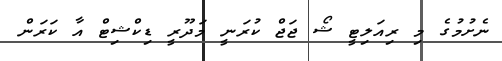
ނެށުމުގެ މި ރިއަލިޓީ ޝޯ ޖަޖް ކުރަނީ މަދޫރީ ޑިކްޝިޓް އާ ކަރަން